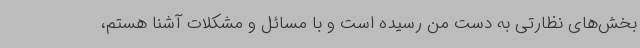
بخش‌های نظارتی به دست من رسیده است و با مسائل و مشکلات آشنا هستم،